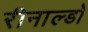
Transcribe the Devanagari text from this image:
रीनाल्डो